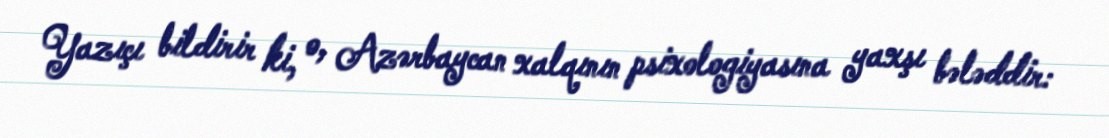
Yazıçı bildirir ki, o, Azərbaycan xalqının psixologiyasına yaxşı bələddir: